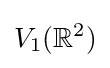
V_{1}(\mathbb {R} ^{2})